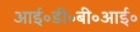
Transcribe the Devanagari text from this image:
आई॰डी॰बी॰आई॰